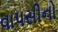
વાપસીનો